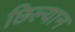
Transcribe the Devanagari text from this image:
छिल्यान